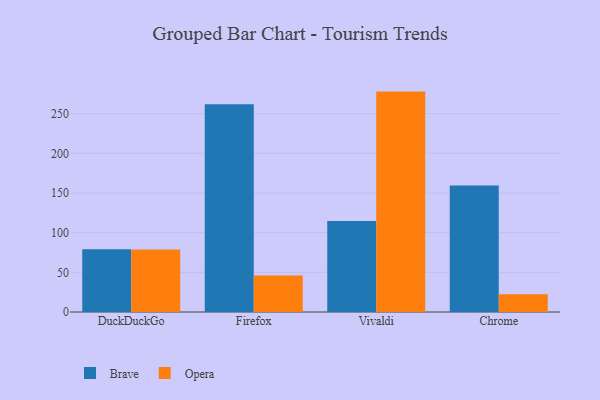
{"axis": {"x": "Browser", "y": "Market Share (%)"}, "legend": ["Brave", "Opera"], "data": [{"x": "DuckDuckGo", "y": 79.1, "type": "Brave"}, {"x": "DuckDuckGo", "y": 78.9, "type": "Opera"}, {"x": "Firefox", "y": 261.8, "type": "Brave"}, {"x": "Firefox", "y": 45.9, "type": "Opera"}, {"x": "Vivaldi", "y": 114.6, "type": "Brave"}, {"x": "Vivaldi", "y": 277.8, "type": "Opera"}, {"x": "Chrome", "y": 159.3, "type": "Brave"}, {"x": "Chrome", "y": 22.4, "type": "Opera"}]}